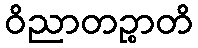
ဝိညာတဉ္စာတိ